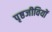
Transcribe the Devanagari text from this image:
पृष्ठजीवियों